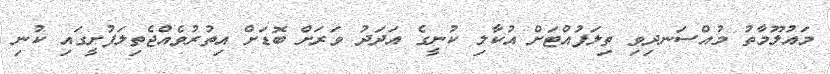
މައުލޫމާތު މުއްސަނދިވި ތިލަފުއްޓަށް އުކާލި ކުނީގެ އަދަދު ވަރަށް ބޮޑަށް އިތުރުވެއްޖެތިލަފުށީގައި ކުނި